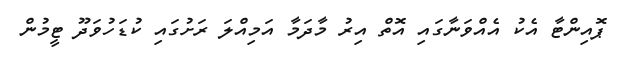
ޕޮއިންޓާ އެކު އެއްވަނާގައި އޮތް އިރު މާދަމާ އަމިއްލަ ރަށުގައި ކުޑަހުވަދޫ ޓީމުން